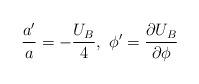
LaTeX: \begin{align*} \frac{a'}{a}=-\frac{U_B}{4},\ \phi'=\frac{\partial U_B}{\partial \phi}\end{align*}